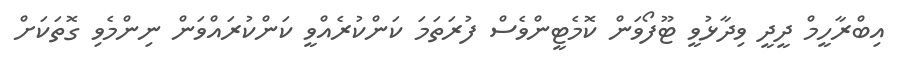
އިބްރާހީމް ދީދީ ވިދާޅުވީ ޓޫފޯވަން ކޮމެޓީންވެސް ފުރަތަމަ ކަންކުރެއްވީ ކަންކުރައްވަން ނިންމެވި ގޮތަކަށް